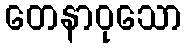
တေနာဝုသော